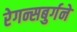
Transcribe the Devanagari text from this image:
रेगन्सबुर्गने